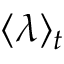
\langle \lambda \rangle _ { t }